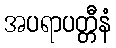
အပရာပတ္တီနံ